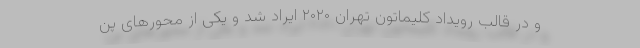
و در قالب رویداد کلیماتون تهران ۲۰۲۰ ایراد شد و یکی از محورهای پن